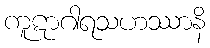
ကူဋာဂါရသဟဿာနိ